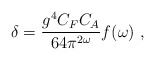
\begin{align*}\delta={g^4 C_F C_A\over 64 \pi^{2\omega}}f(\omega) \ ,\end{align*}